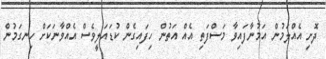
ދޮށި އެއްލަމުން އަމުނާފައިވާ މަސްފަތި އެއް އަތުން ހިފައިގެން ކުޑައަލީވެސް އެއްވާނަކަށް ހިނގަމުން